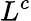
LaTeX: L^{c}